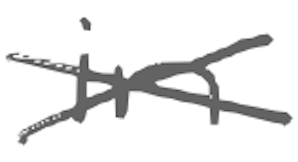
Text: in
Cross-out: cross
Writing tool: digital_gray